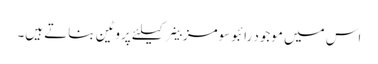
اس میں موجود رائبوسومز خلیے کیلئے پروٹین بناتے ہیں۔